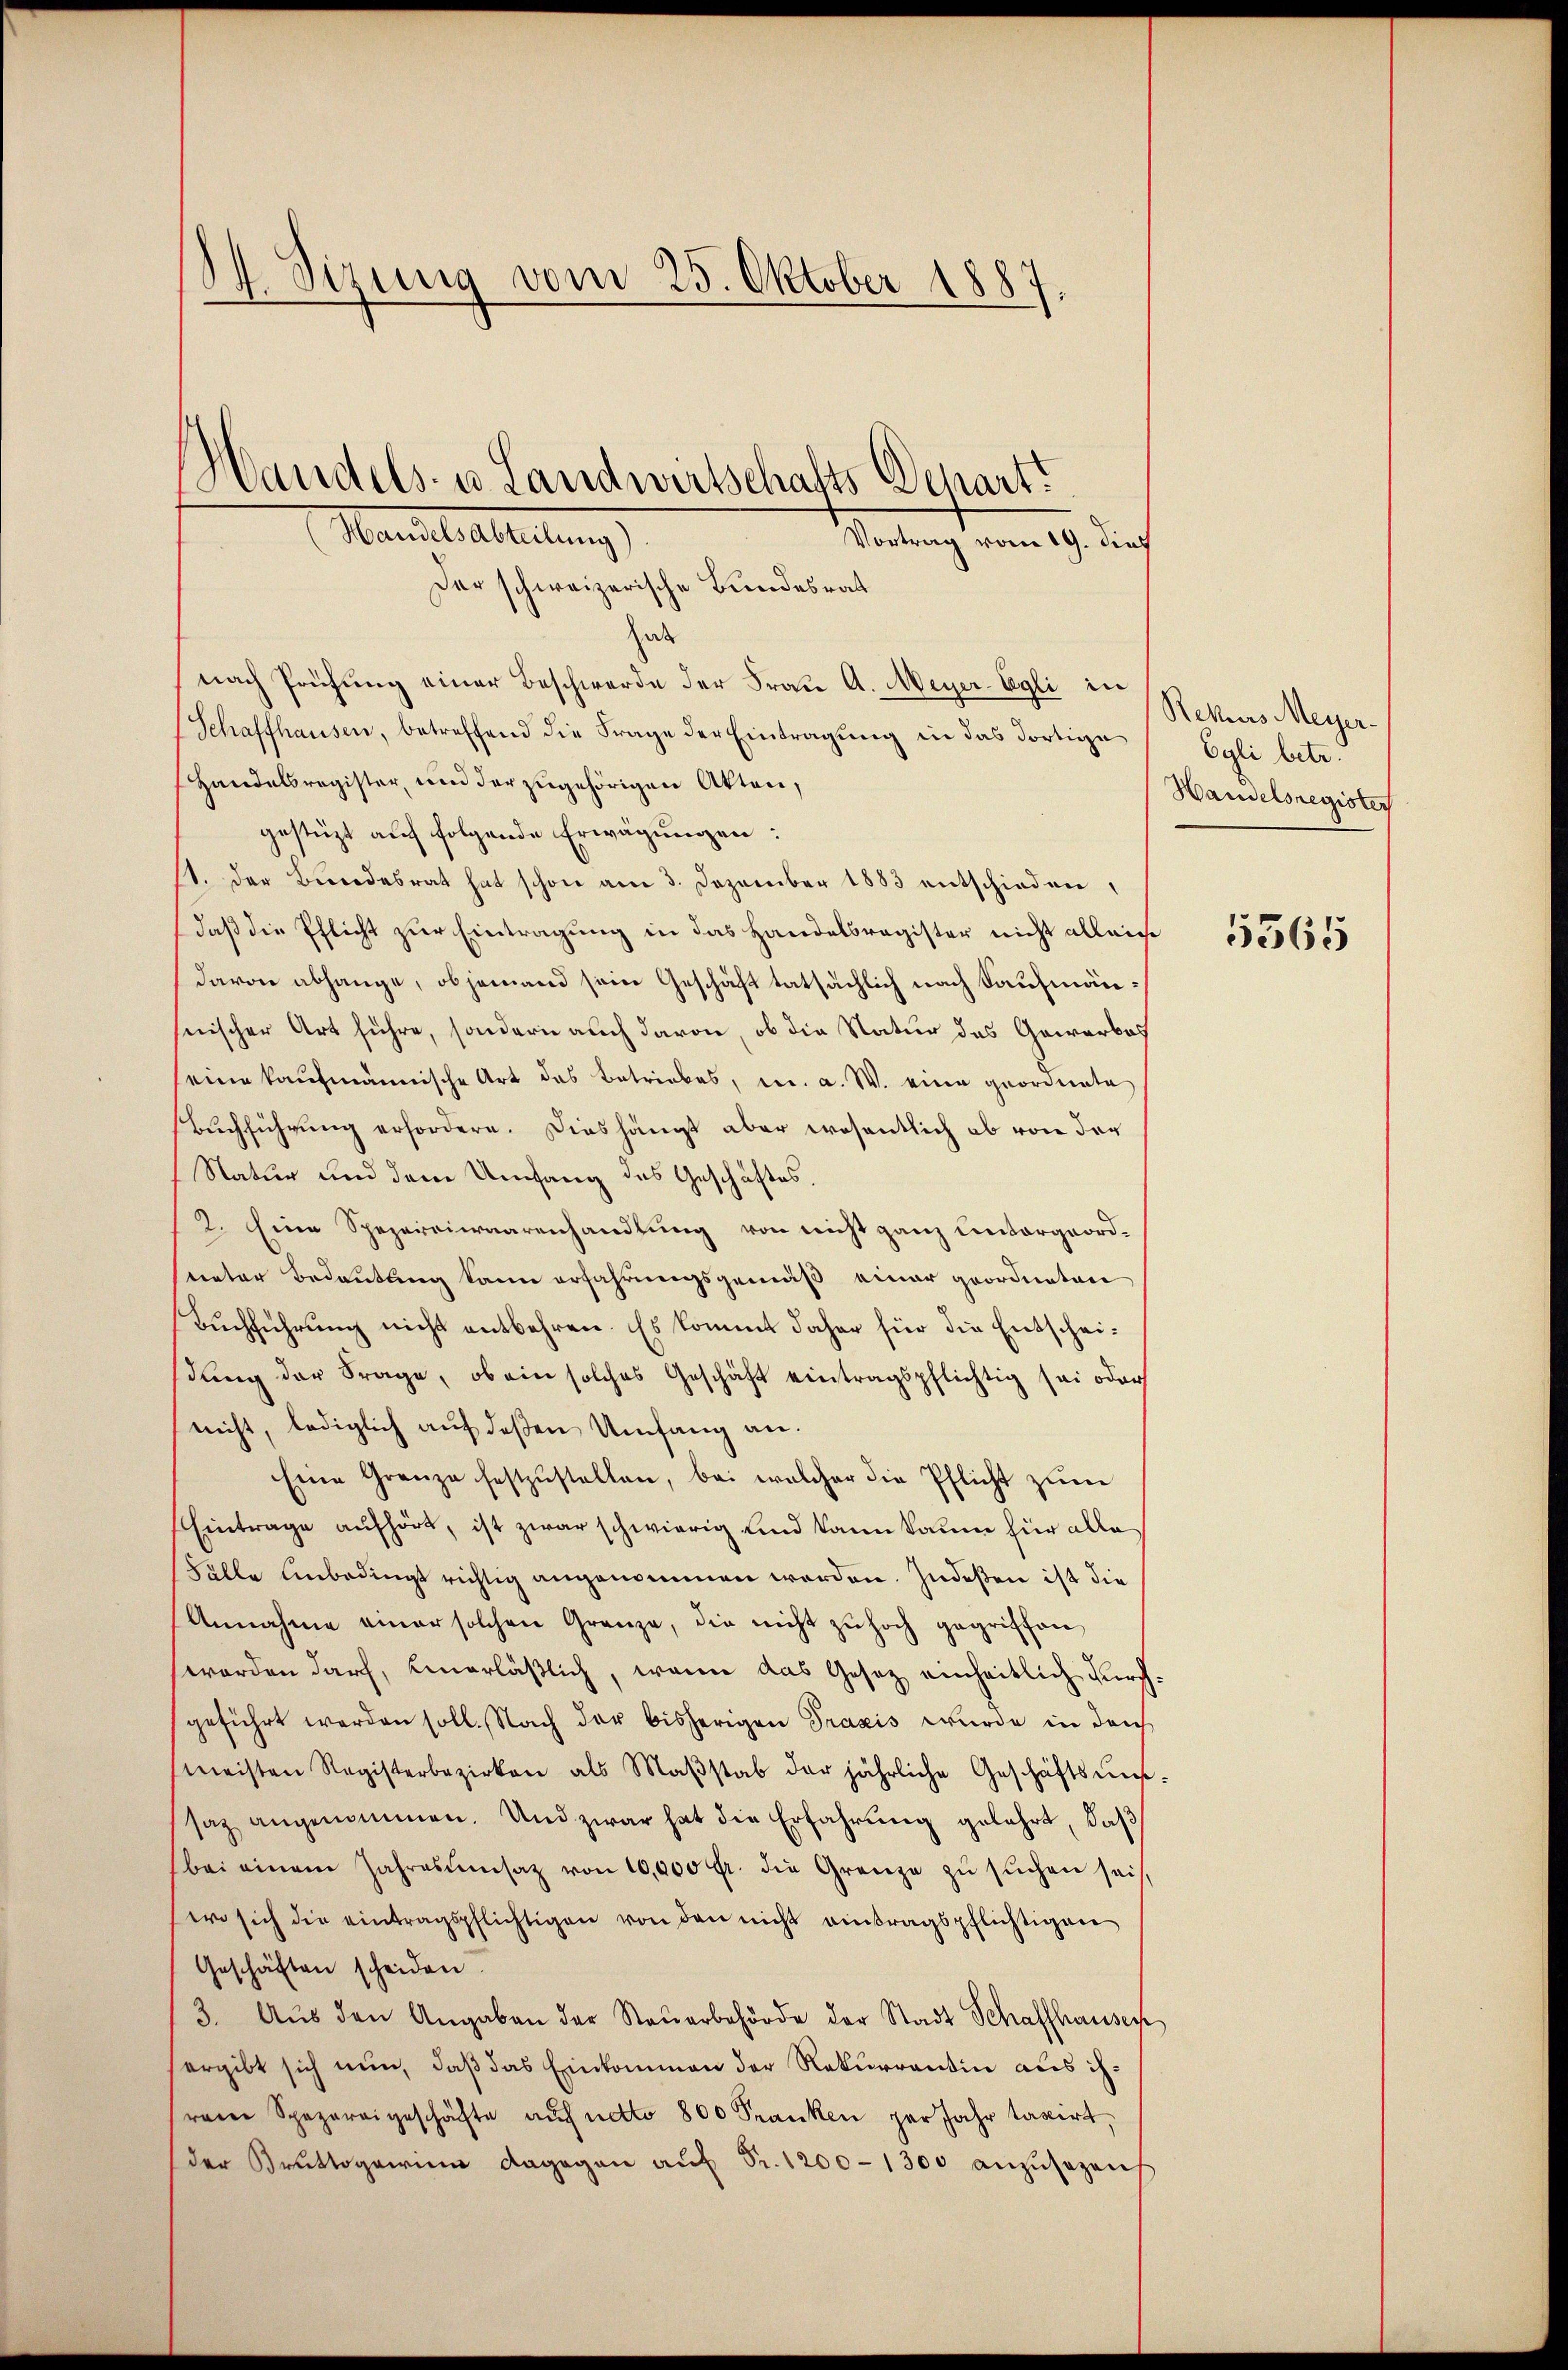
Sizung vom 25. Oktober 1887.

Der schweizerische Bundesrat
Zede
nach Prüfung einer Beschwerde der Frau A. Meyer-Egli in
Schaffhausen, betreffend die Frage der Eintragung in das dortige
Handelsregister, und der zugehörigen Akten,
gestützt auf folgende Erwägungen:
1. der Bundesrat hat schon am 3. Dezember 1883 entschieden,
daß die Pflicht zur Eintragung in das Handelsregister nicht alleicht
davon abhänge, ob jemand sein Geschäft tatsächlich nach Kaufmänsnischer Art führe, sondern auch davon, ob die Natur das Gewerbes
seine kaufmännische Art das Betriebes, u. a. W. eine geordnete
Buchführung erfordern. Dies hängt aber wesentlich ob von der
Natur und dem Umfang des Geschäftes.
2. Eine Spezereiwaarenhandlung von nicht ganz untergeordsveter Bedeutung kann erfahrungsgemäß einer geordneten
Buchführung nicht entbehren. Es kommt daher für die Entscheidung der Frage, ob ein solches Geschäft eintragspflichtig sei oder
nicht, lediglich auf deßen Umfang an.
Eine Grenze festzŭstellen, bei welcher die Pflicht zŭm
Eintrage aufhört, ist zwar schwierig und kann kaum für alle
Falle Unbedings richtig angenommen werden. Indeßen ist die
Annahme einer solchen Grenze, die nicht zŭ hoch gegriffen
worden darf, einerläßlich, wenn das Gesetz einheitlich durchgeführt werden soll. Nach der bisherigen Praxis wurde in durch
meisten Registerbezirken als Maβstab der jährliche Geschäftsums-
saz angenommen. Und zwar hat die Erfahrung gelehrt, daß
bei einem Jahresŭmsatz von 10,000 fr. die Grenze zŭ sŭchen sei,
wo sich die eintragspflichtigen von den nicht eintragspflichtigen
Geschäften scheiden.
3. Aŭs den Angaben der Steŭerbehörde der Stadt Schaffhausen
ergibt sich nun, daß das Einkommen der Rekurrentin aus ihrene Spazareigeschäfte aŭf netto 800 Franken per Jahr taxirt,
der Bruttogerin dagegen aŭf Fr. 1200-1300 anzŭsezen

Handels- u. Landwirtschafts Departi
Marieli alleitung
Vortrag vom 19. Jus

Rekurs Meyer-
Egli betr.
Handelsregister

5565